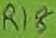
Text: R18